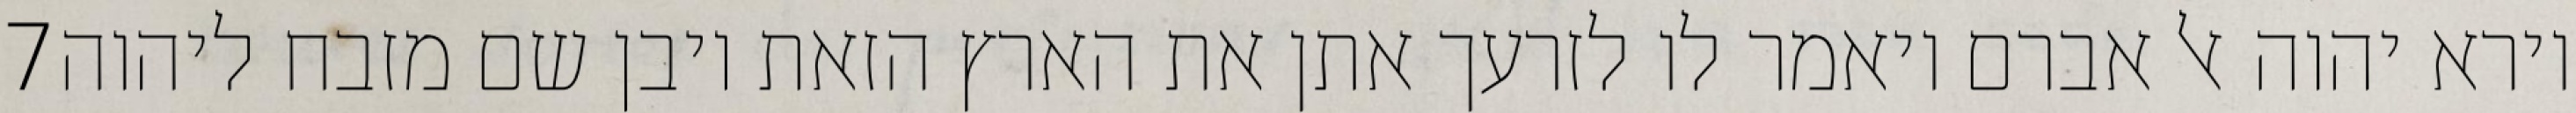
‎7‏ וירא יהוה אל אברם ויאמר לו לזרעך אתן את הארץ הזאת ויבן שם מזבח ליהוה